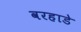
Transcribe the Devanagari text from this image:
वरहाडे